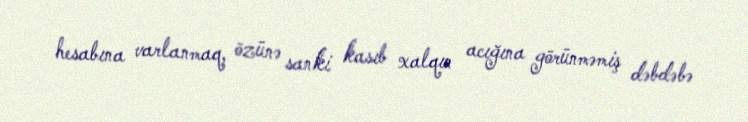
hesabına varlanmaq, özünə sanki kasıb xalqın acığına görünməmiş dəbdəbə